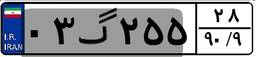
۰۳گ۲۵۵۲۸